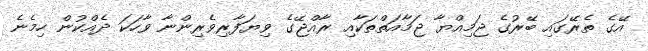
އޭގެ ތެރޭގައި ބޭރުގެ ޖަމިއްޔާ ޖަމާއަތްތަކާއި ރާއްޖޭގެ ވިޔަފާރިވެރިންނާ ވާހަކަ ދެއްކުން ހިމެނެ